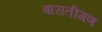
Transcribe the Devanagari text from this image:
बारातीगण